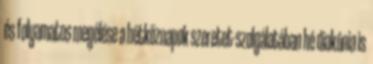
és folyamatos megélése a hétköznapok szeretet-szolgálatában hé diakónia is